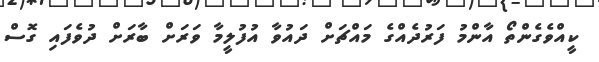
ކީއްވެގެންތޯ އާންމު ފަރުދެއްގެ މައްޗަށް ދައުވާ އުފުލީމާ ވަރަށް ބާރަށް ދުވެފައި ގޮސް